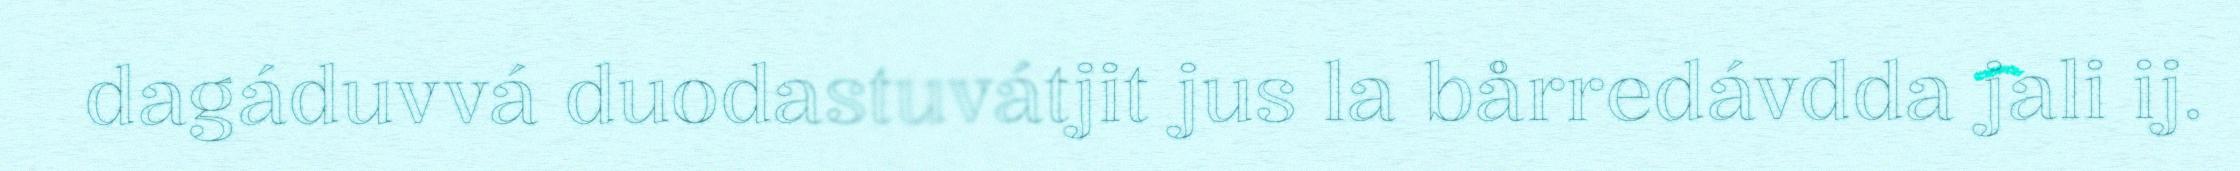
dagáduvvá duodastuvátjit jus la bårredávdda jali ij.